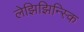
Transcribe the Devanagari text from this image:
लेझिझिन्स्कि